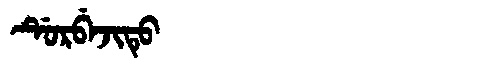
Manchu: ᡩᡠᡵᠪᡝᠵᡳᡨᡠ
Romanization: DURBEJITU